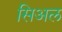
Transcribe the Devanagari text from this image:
सिअल